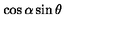
\cos \alpha \sin \theta